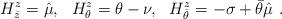
LaTeX: \begin{align*} H^z_{\bar z} =\hat\mu,~~H^z_\theta =\theta -\nu,~~ H^z_{\bar\theta} = -\sigma +\bar\theta\hat\mu\ .\end{align*}